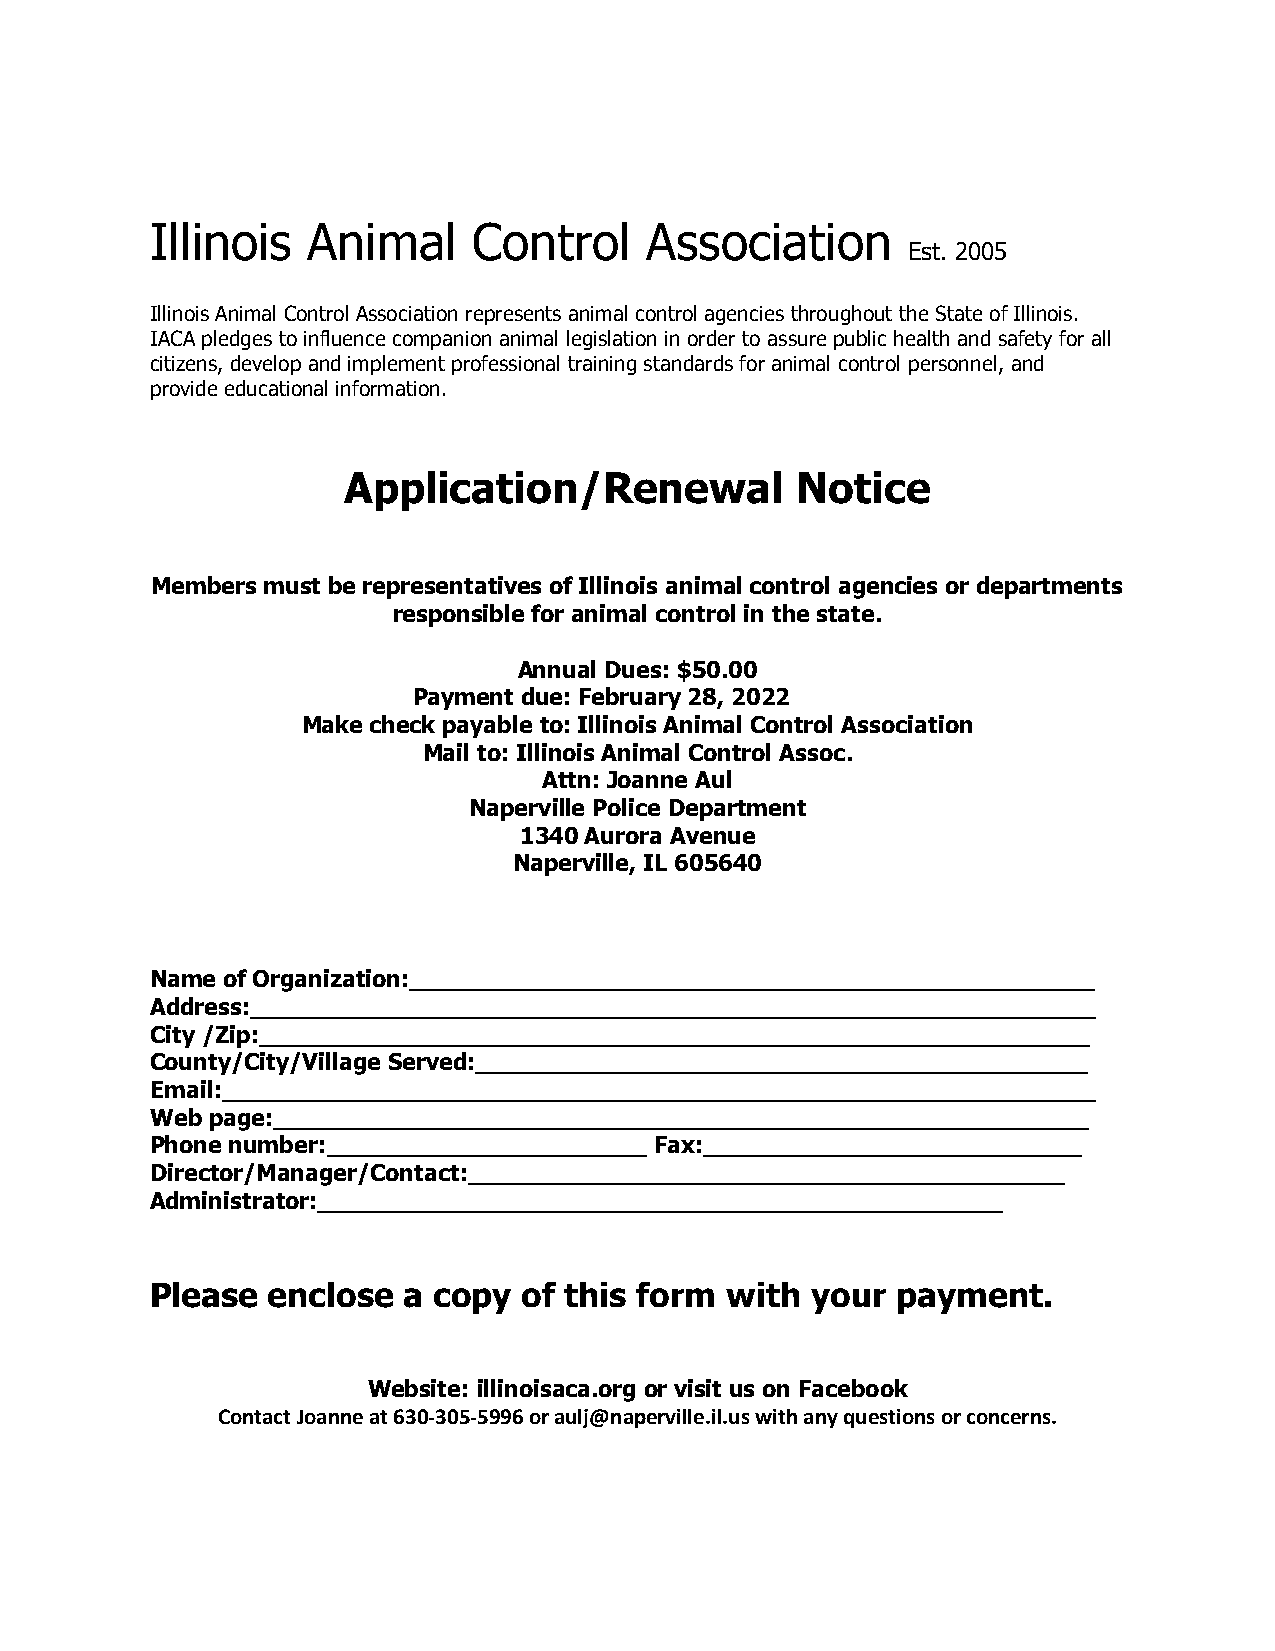
Illinois  Animal     Control     Association
 Est. 2005
 Illinois Animal Control Association represents animal control agencies throughout the State of Illinois.
 IACA pledges to influence companion animal legislation in order to assure public health and safety for all
 citizens, develop and implement professional training standards for animal control personnel, and
 provide educational information.
 Application/Renewal           Notice
 Members must be representatives of Illinois animal control agencies or departments
 responsible for animal control in the state.
 Annual Dues: $50.00
 Payment due: February 28, 2022
 Make check payable to: Illinois Animal Control Association
 Mail to: Illinois Animal Control Assoc.
 Attn: Joanne Aul
 Naperville Police Department
 1340 Aurora Avenue
 Naperville, IL 605640
 Name of Organization:_______________________________________________
 Address:__________________________________________________________
 City /Zip:_________________________________________________________
 County/City/Village Served:__________________________________________
 Email:____________________________________________________________
 Web page:________________________________________________________
 Phone number:______________________ Fax:__________________________
 Director/Manager/Contact:_________________________________________
 Administrator:_______________________________________________
 Please  enclose  a copy  of this form with  your payment.
 Website: illinoisaca.org or visit us on Facebook
 Contact Joanne at 630-305-5996 or aulj@naperville.il.us with any questions or concerns.